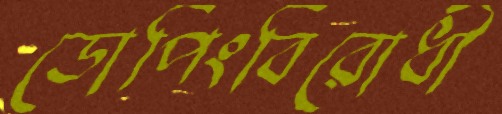
ডোপিংবিরোধী